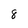
Character: 8